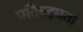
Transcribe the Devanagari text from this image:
प्रतिबद्घता